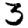
Digit: 3